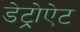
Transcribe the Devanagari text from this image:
डेट्रोऐट